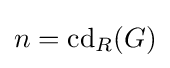
n=\operatorname {cd} _{R}(G)